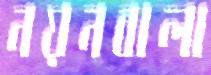
নয়নবালা